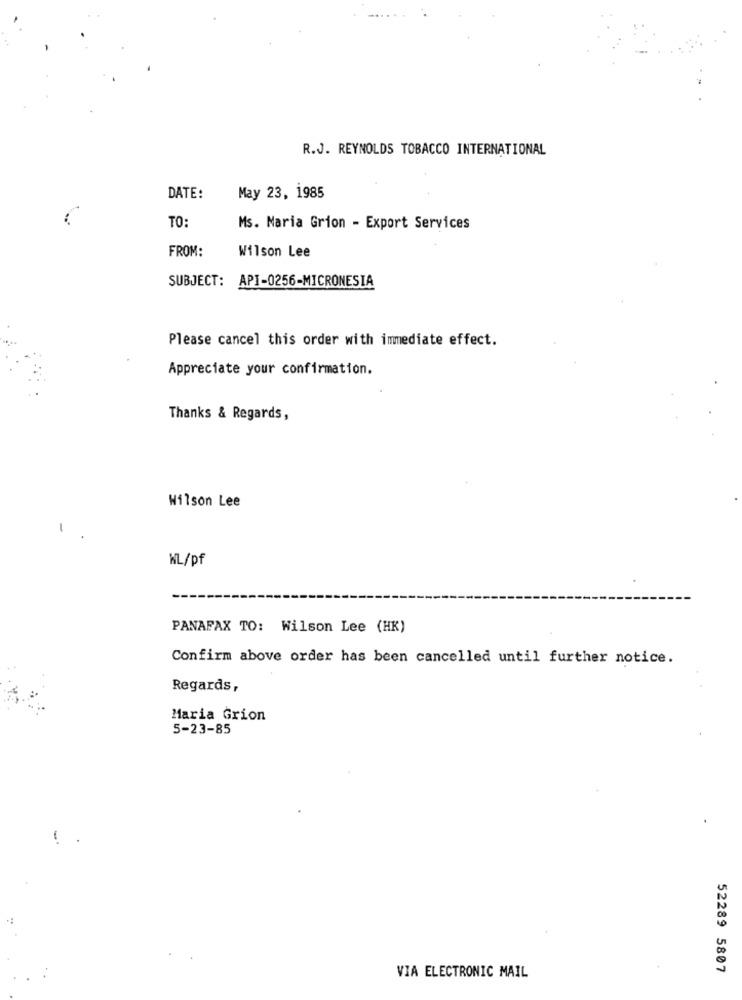
R.J. REYNOLDS TOBACCO INTERNATIONAL
DATE:
May 23, 1985
TO:
Ms. Maria Grion - Export Services
FROM:
Wilson Lee
SUBJECT: API-0256-MICRONESIA
Please cancel this order with immediate effect.
Appreciate your confirmation.
Thanks & Regards,
Wilson Lee
WL/pf
PANAFAX TO: Wilson Lee (HK)
Confirm above order has been cancelled until further notice.
Regards,
Maria Grion
5-23-85
52289 5807
VIA ELECTRONIC MAIL